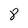
Character: 8